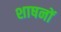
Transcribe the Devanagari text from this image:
शाषनों